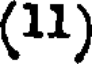
(11)